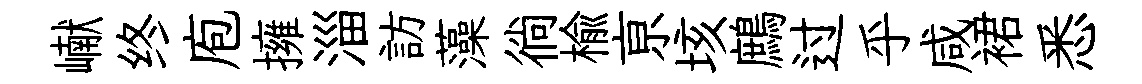
𪩘终庖擁淄訪藻徜榆亰垓鷓过乎咸裙悉